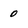
Character: 0